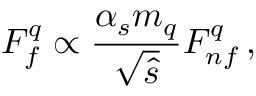
F _ { f } ^ { q } \propto \frac { \alpha _ { s } m _ { q } } { \sqrt { \hat { s } } } F _ { n f } ^ { q } \, ,